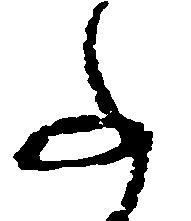
ふ